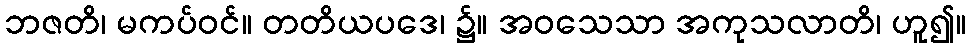
ဘဇတိ၊ မကပ်ဝင်။ တတိယပဒေ၊ ၌။ အဝသေသာ အကုသလာတိ၊ ဟူ၍။